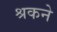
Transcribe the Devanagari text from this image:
श्रकने